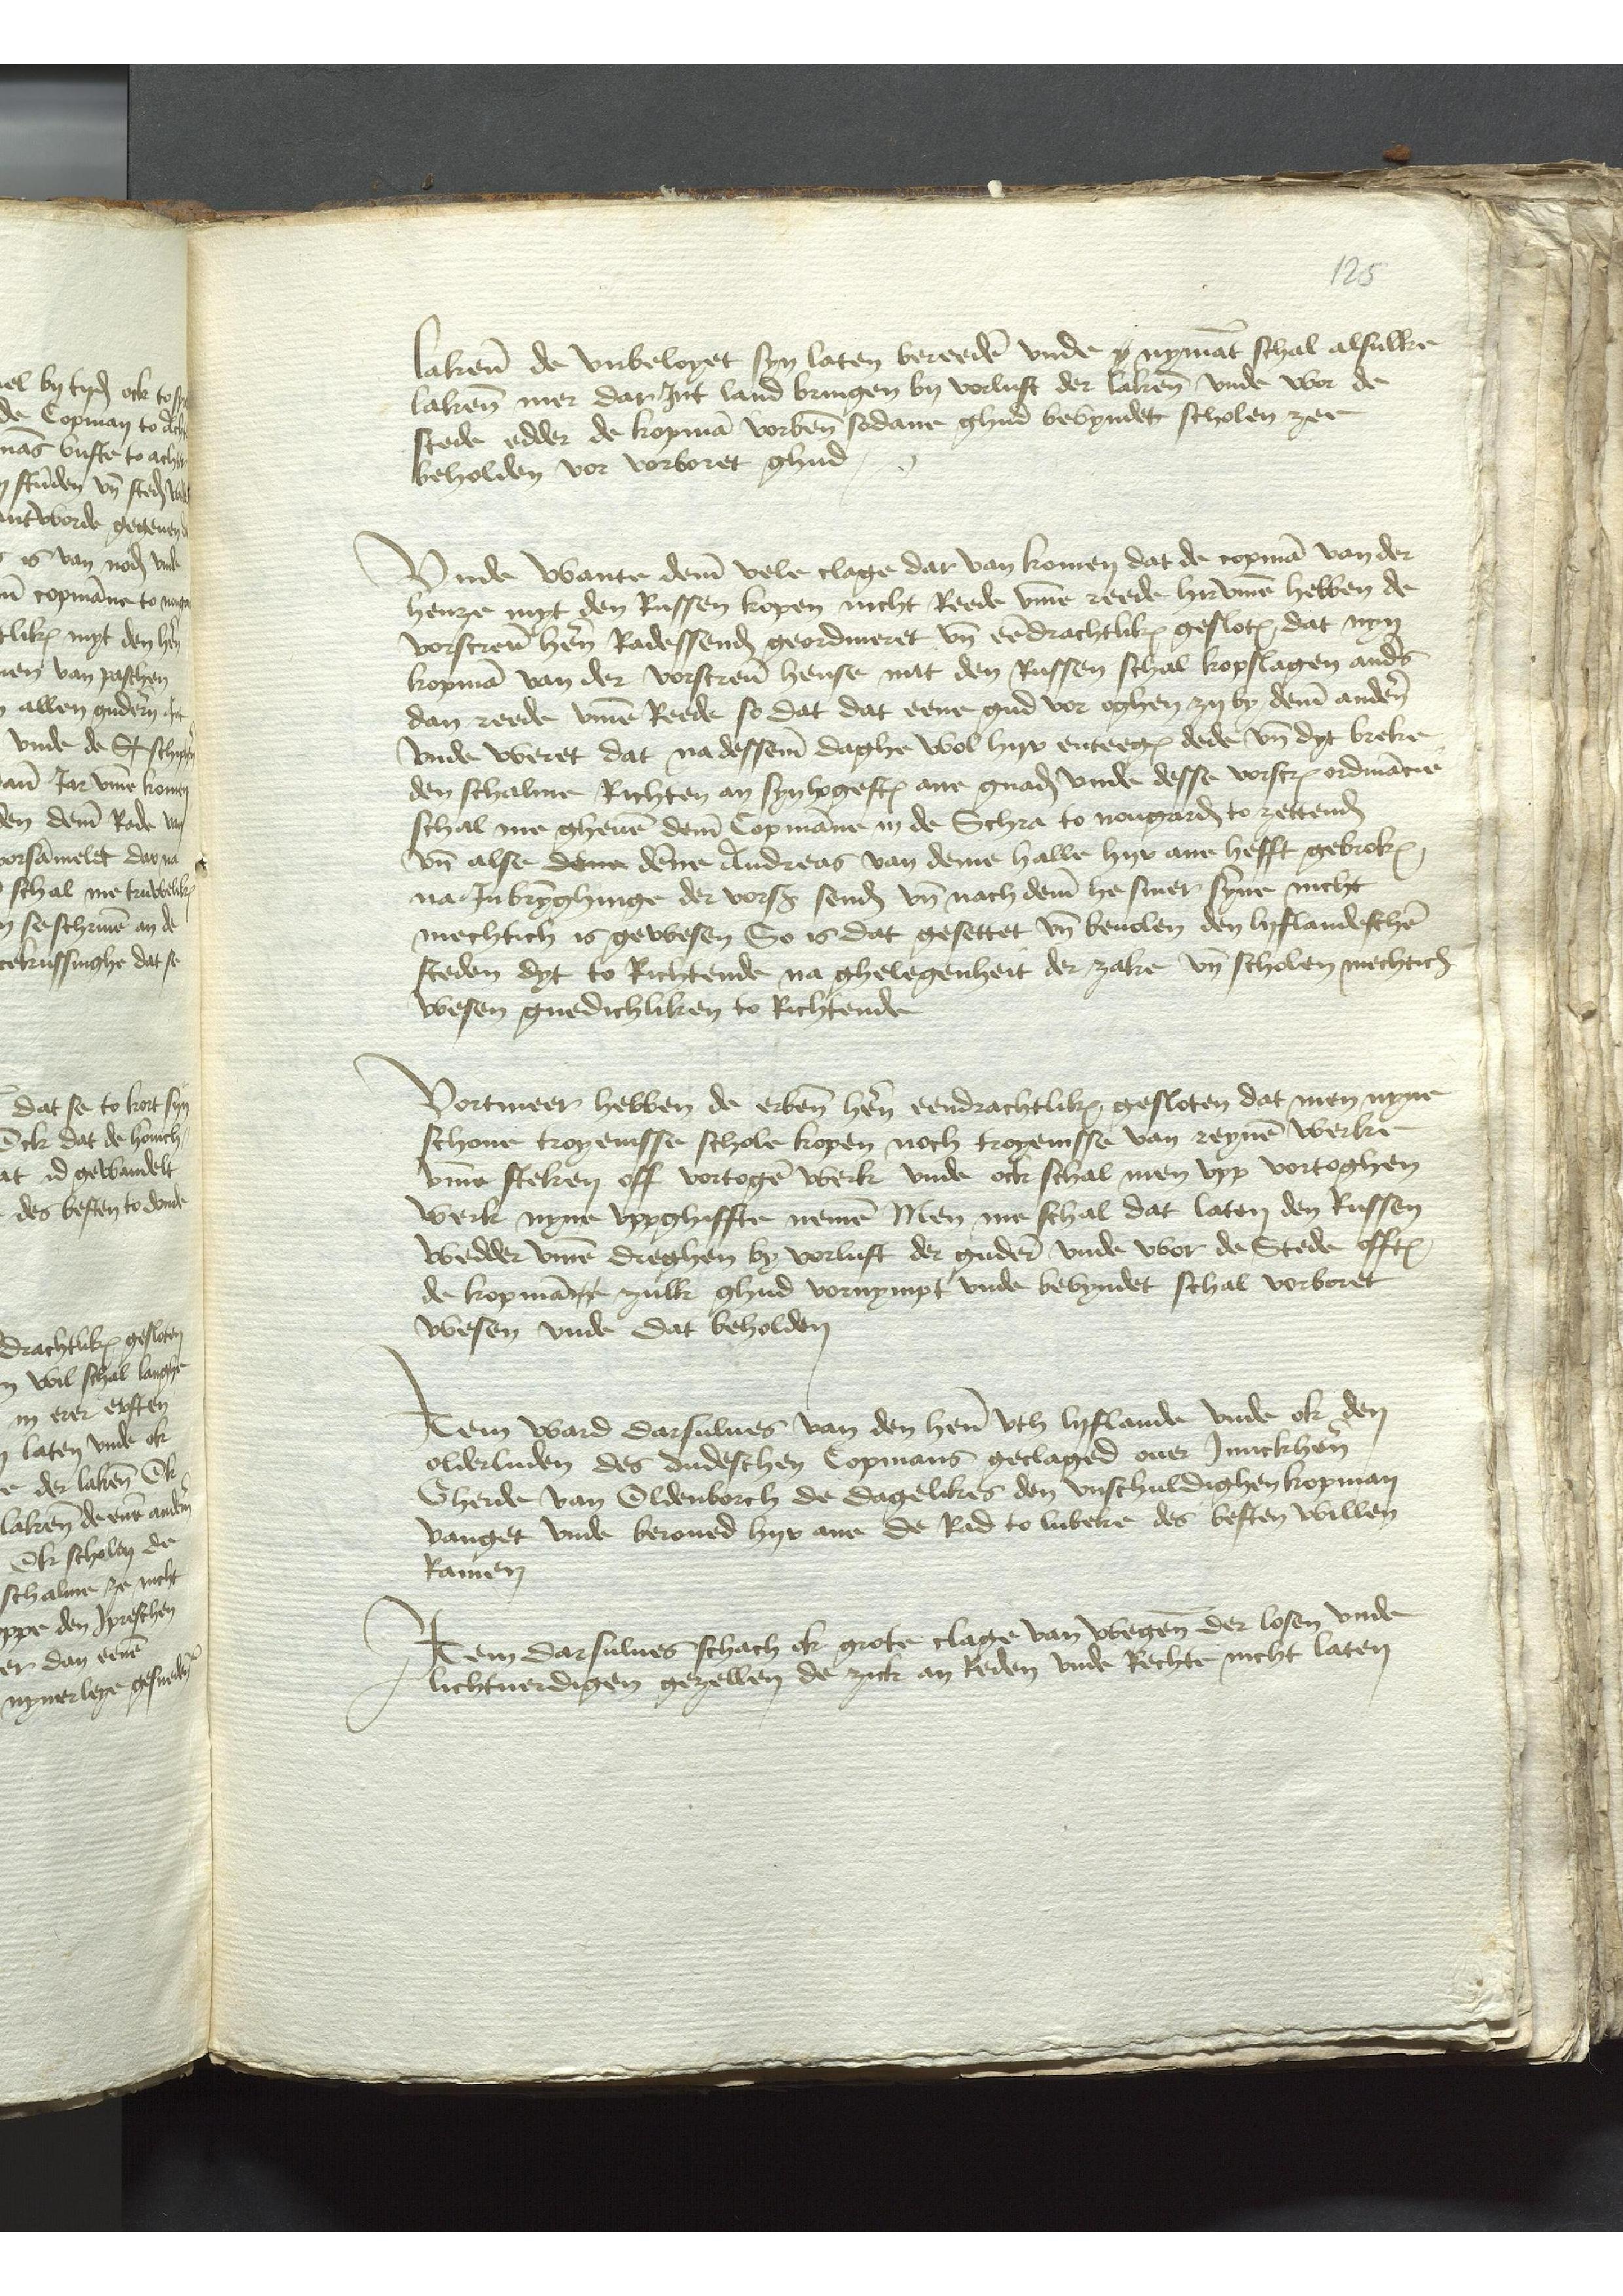
lakene de vnbeloget syn laten bereeden vnde i nymant schal alsulke
lakene mer dar Jnt land bringen by vorluft der lakenen vnde wor der
stede edder de kopman vorbenomeden sodane ghud bevyndet scholen zee
beholden vor vorboret ghud

Vnde wante deme vele clage dar van komen dat de copman van der
henze myt den Russen kopen nicht Reede vmme zeede hyrvmme hebben de
vorscreuen heren Radessendeboden geordineret vnd eendrachtlikes gesloten, dat nyn
kopman van der vorscreuen hense mit den Russen schal kopslagen anders
dan zeede vmme Reede so dat dat eene gud vor oghen zy by deme anderen
vnde weret dat na desseme daghe wol hyr enteegen dede vnd dyt breke
den schalmen Richten an syn hogesten ane gnaden vnde desse vorscreuen ordinancien
schal me gheuen deme Copmanne in de Schra to Nougarden to zettende
vnd alse deme denne Andreas van deme halle hyr ane hefft gebroken
na Jn brynghinge der vorscreuen senden vnd nach deme he siner syne nicht
mechtich is gewesen So is dat gesettet vnd beuolen den lyflandeschen
steden dyt ko Richtende na ghelegenheit der zake vnd scholen mechtich
wesen gnedichliken to Richtende

Vortmeer hebben de erbenomden heren eendrachtliken gesloten dat men nyne
schone kopenisse scholen kopen noch kopenisse van reynen Werken
vmme steken off vortogen werk vnde ock schal men vpp vortoghen
Werk nyme vppghiffte nemen Men me schal dat laten den Russen
wedder vmme dreghen by vorlust der gudere vnde vber de Stede offtes
de kopmannn zulk ghud vornympt vnde bevyndet schal vorboret
wesen vnde dat beholden

Jtem ward darsulues van dem heren vth Lyflande vnde ok den
olderluden des dudeschen Copmans geclaged ouer Junckhern
Gherde van Oldenborch de dagelikes den vnschuldighen kopman
vanget vnde beroued hyr ane de Rad to Lubeke des besten willen
Ramen

Jtem darsulues schach ok grote clage van wegene der losen vnde
lichtuerdigen gegezellen de zick an Reden vnde Rechte nicht laten